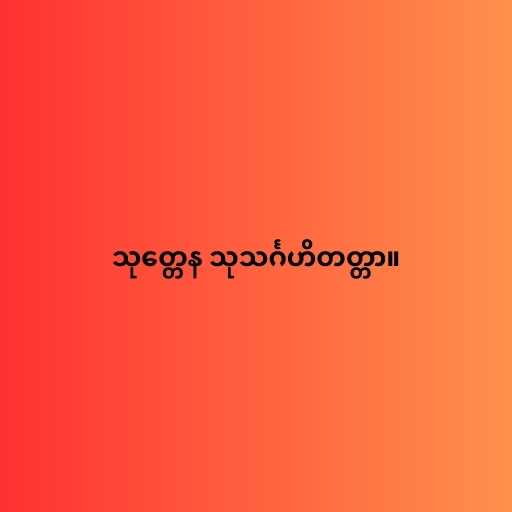
သုတ္တေန သုသင်္ဂဟိတတ္တာ။